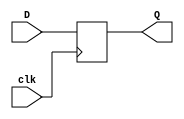
module DFlipFlop #(parameter SIZE = 16) (
    input [SIZE - 1:0] D,
    output reg [SIZE - 1:0] Q,
    input clk
); 

always @(posedge clk) begin
    Q <= D;
end
    
endmodule